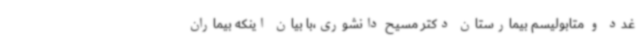
غدد و متابولیسم بیمارستان دکتر مسیح دانشوری،با بیان اینکه بیماران